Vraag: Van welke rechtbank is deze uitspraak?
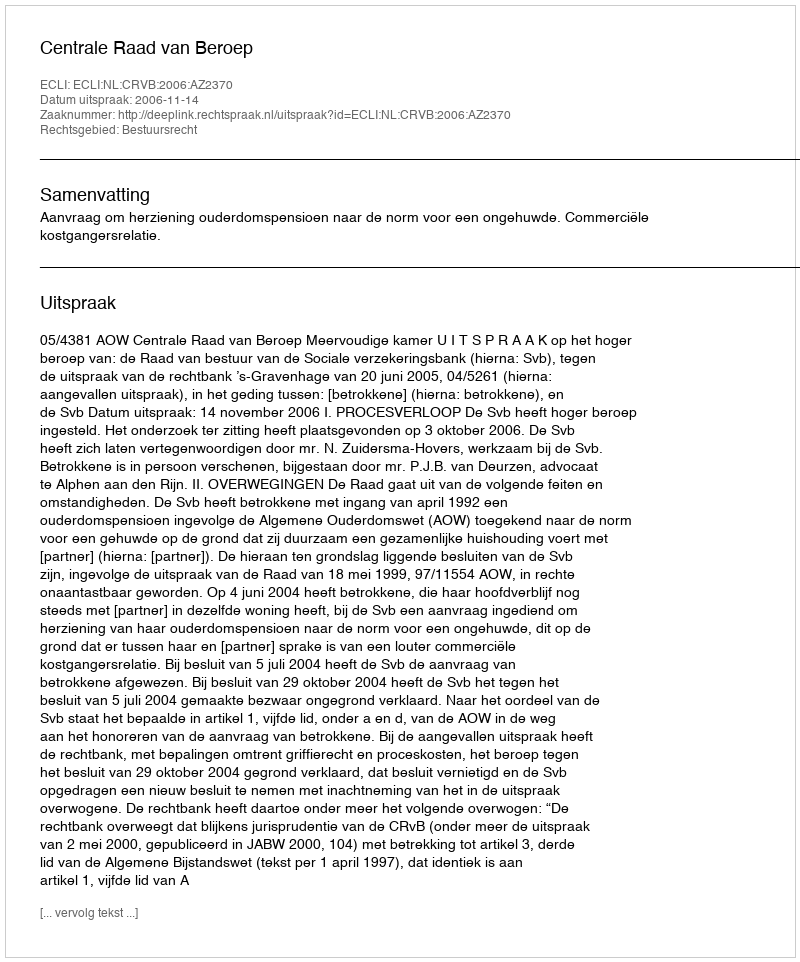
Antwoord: Centrale Raad van Beroep